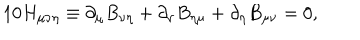
1 0 H _ { \mu \nu \eta } \equiv \partial _ { \mu } B _ { \nu \eta } + \partial _ { \nu } B _ { \eta \mu } + \partial _ { \eta } B _ { \mu \nu } = 0 ,